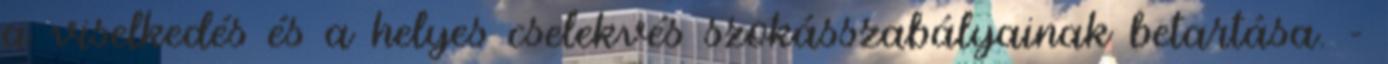
a viselkedés és a helyes cselekvés szokásszabályainak betartása. -